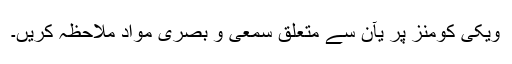
ویکی کومنز پر یآن سے متعلق سمعی و بصری مواد ملاحظہ کریں۔